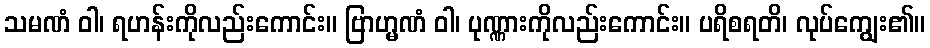
သမဏံ ဝါ၊ ရဟန်းကိုလည်းကောင်း။ ဗြာဟ္မဏံ ဝါ၊ ပုဏ္ဏားကိုလည်းကောင်း။ ပရိစရတိ၊ လုပ်ကျွေး၏။